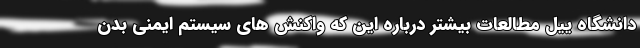
دانشگاه ییل مطالعات بیشتر درباره این که واکنش های سیستم ایمنی بدن